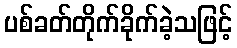
ပစ်ခတ်တိုက်ခိုက်ခဲ့သဖြင့်